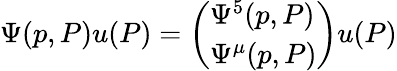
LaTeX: \Psi(p,P)u(P)=\left(\begin{array}{l}{{\Psi^{5}(p,P)}}\\ {{\Psi^{\mu}(p,P)}}\end{array}\right)u(P)